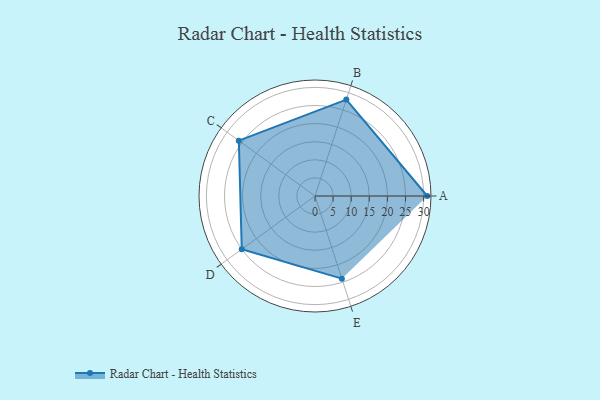
{"axis": {"x": "Skill", "y": "Score"}, "legend": ["Profile"], "data": [{"x": "A", "y": 31.0, "type": "Profile"}, {"x": "B", "y": 28.0, "type": "Profile"}, {"x": "C", "y": 26.0, "type": "Profile"}, {"x": "D", "y": 25.0, "type": "Profile"}, {"x": "E", "y": 24.0, "type": "Profile"}]}